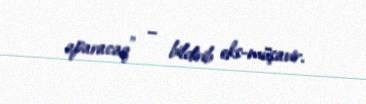
aparacaq” – bildirib eks-müşavir.